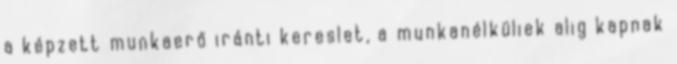
a képzett munkaerő iránti kereslet, a munkanélküliek alig kapnak